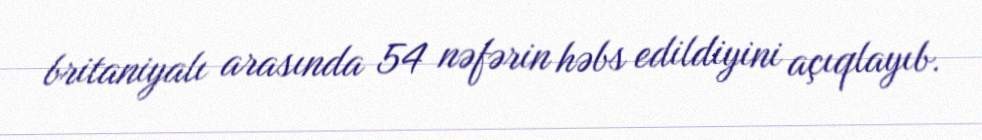
britaniyalı arasında 54 nəfərin həbs edildiyini açıqlayıb.